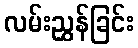
လမ်းညွှန်ခြင်း